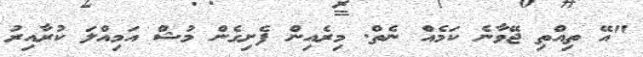
"އޭ ތިއްތި ޖޭވާނެ ކަމެއް ނެތް. މިރެއިން ފެށިގެން މުޝް އަމިއްލަ ކުރާއިރު